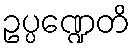
ဥပ္ပဏ္ဍေတိ